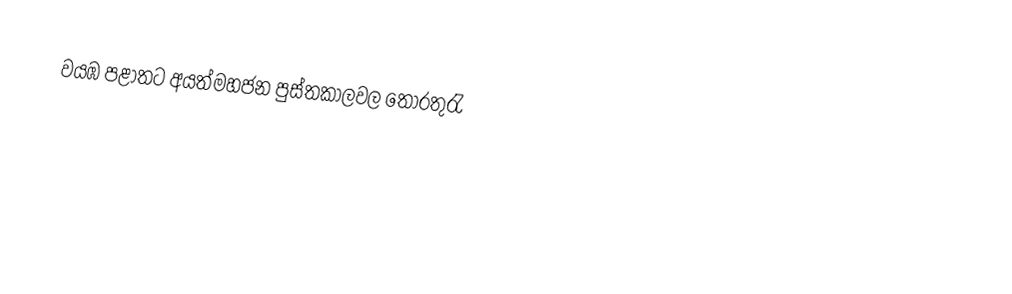
වයඹ පළාතට අයත්මහජන  පුස්තකාලවල තොරතුරැ